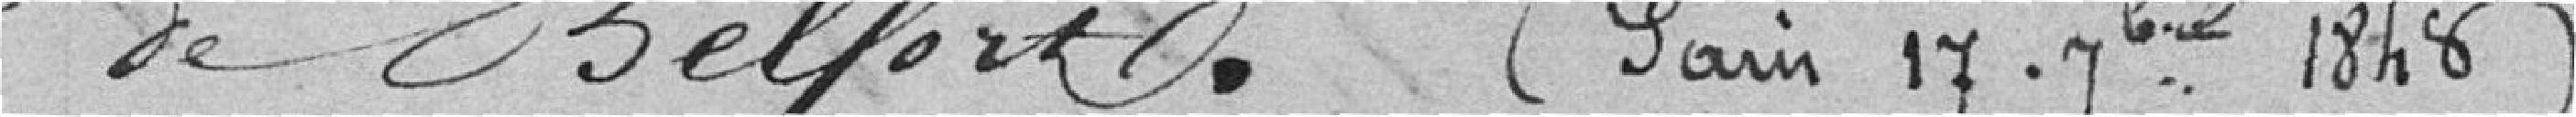
de Belfort. (Paris, 17     1848)